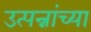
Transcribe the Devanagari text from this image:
उत्पन्नांच्या